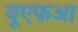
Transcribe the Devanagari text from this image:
यूएफआ